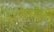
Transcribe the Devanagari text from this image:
तरन्त